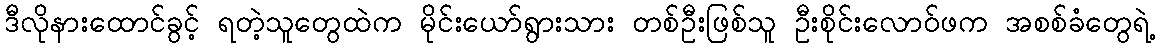
ဒီလိုနားထောင်ခွင့် ရတဲ့သူတွေထဲက မိုင်းယော်ရွားသား တစ်ဦးဖြစ်သူ ဦးစိုင်းလောဝ်ဖက အစစ်ခံတွေရဲ့